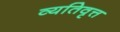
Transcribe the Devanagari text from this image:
व्यतिवृत्त